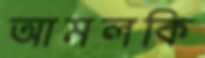
আমলকি